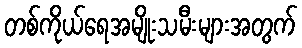
တစ်ကိုယ်ရေအမျိုးသမီးများအတွက်